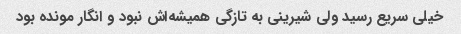
خیلی سریع رسید ولی شیرینی به تازگی همیشه‌اش نبود و انگار مونده بود